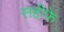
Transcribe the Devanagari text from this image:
सहीफे़